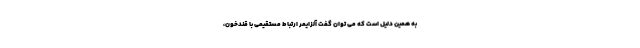
به همین دلیل است که می توان گفت آلزایمر ارتباط مستقیمی با قندخون،